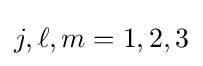
j,\ell ,m=1,2,3